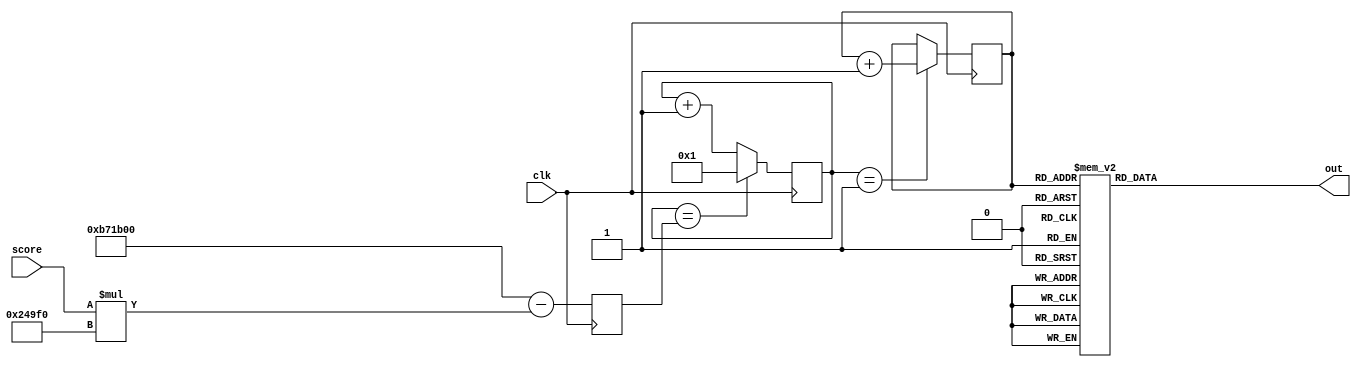
module ingame_music_fsm (clk, score, out);
	input clk;
	input[9:0] score;
	output[4:0] out;

reg[24:0] counter;
wire[9:0] score;
reg[24:0] clkDivider;

always @(posedge clk) begin
clkDivider <= 12000000 - score * 150000;
	
	if(counter == clkDivider)
		counter <= 1;
	else counter <= counter + 1;
end

reg[5:0] state;

always @(posedge clk)
	if(counter == 1)
		state <= state + 1;

reg[4:0] out;

always @(state)
	case(state)
		0: out = 12;
		1: out = 25;
		2: out = 7;
		3: out = 25;
		4: out = 12;
		5: out = 25;
		6: out = 7;
		7: out = 25;
		8: out = 12;
		9: out = 25;
		10: out = 7;
		11: out = 25;
		12: out = 12;
		13: out = 7;
		14: out = 9;
		15: out = 11;
		
		16: out = 17;
		17: out = 25;
		18: out = 12;
		19: out = 25;
		20: out = 17;
		21: out = 25;
		22: out = 12;
		23: out = 25;
		24: out = 17;
		25: out = 25;
		26: out = 12;
		27: out = 25;
		28: out = 17;
		29: out = 12;
		30: out = 14;
		31: out = 16;
		
		32: out = 12;
		33: out = 25;
		34: out = 7;
		35: out = 25;
		36: out = 12;
		37: out = 25;
		38: out = 7;
		39: out = 25;
		40: out = 12;
		41: out = 25;
		42: out = 7;
		43: out = 25;
		44: out = 12;
		45: out = 7;
		46: out = 9;
		47: out = 11;
		
		48: out = 19;
		49: out = 25;
		50: out = 14;
		51: out = 25;
		52: out = 17;
		53: out = 25;
		54: out = 12;
		55: out = 25;
		56: out = 12;
		57: out = 7;
		58: out = 9;
		59: out = 11;
		60: out = 12;
		61: out = 12;
		62: out = 25;
		63: out = 25;
		default: out = 25;
	endcase

endmodule